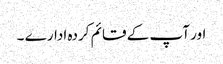
اور آپ کے قائم کردہ ادارے ۔